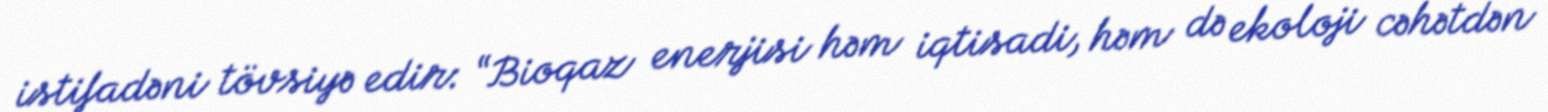
istifadəni tövsiyə edir: “Bioqaz enerjisi həm iqtisadi, həm də ekoloji cəhətdən